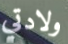
ولادتي